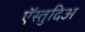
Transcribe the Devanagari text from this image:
ऍस्तुदिअ